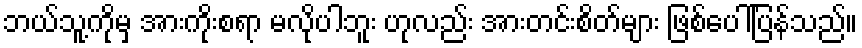
ဘယ်သူ့ကိုမှ အားကိုးစရာ မလိုပါဘူး ဟုလည်း အားတင်းစိတ်များ ဖြစ်ပေါ်ပြန်သည်။